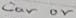
Text: car or